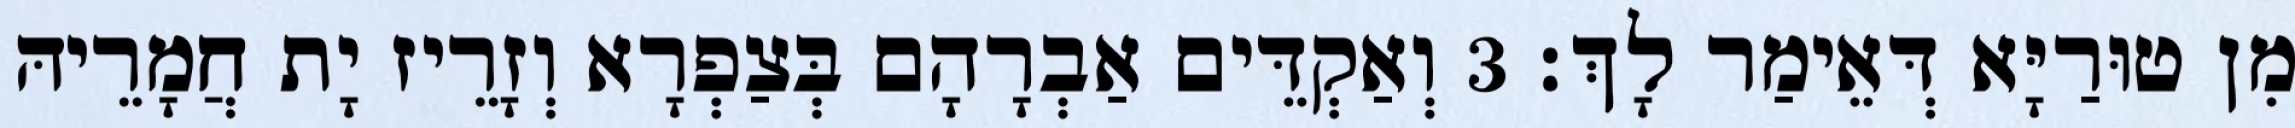
מִן טוּרַיָּא דְּאֵימַר לָךְ׃ 3 וְאַקְדֵּים אַבְרָהָם בְּצַפְרָא וְזָרֵיז יָת חֲמָרֵיהּ